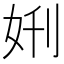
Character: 𫰘